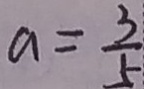
a = \frac { 3 } { 5 }